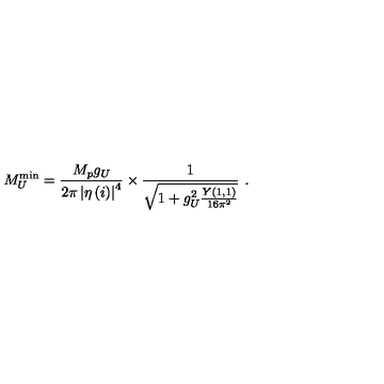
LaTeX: M _ { U } ^ { \scriptstyle \mathrm { m i n } } = \frac { M _ { p } g _ { U } } { { 2 \pi } \left| \eta \left( i \right) \right| ^ { 4 } } \times \frac { 1 } { \sqrt { 1 + g _ { U } ^ { 2 } \frac { Y ( 1 , 1 ) } { 1 6 \pi ^ { 2 } } } } \ .